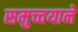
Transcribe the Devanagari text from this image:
समुच्चयाने